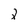
Character: 2